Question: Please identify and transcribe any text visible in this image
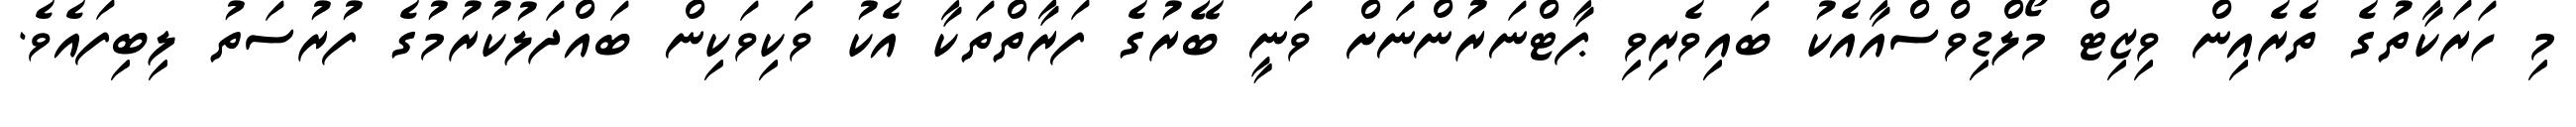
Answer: މި ހަރަކާތުގެ ތެރެއިން ވިޒިޓް މޯލްޑިވްސްއާއެކު ބައިވެރިވި ޕާޓްނަރުންނަށް ވަނީ ބޭރުގެ ފަރާތްތަކާ އެކު ވަކިވަކިން ބައްދަލުކުރުމުގެ ފުރުސަތު ލިބިފައެވެ.